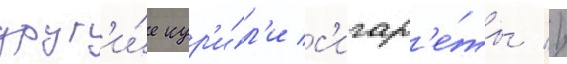
друг'и́е кур'и́л'и с'игар'е́ты //